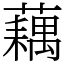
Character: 藕